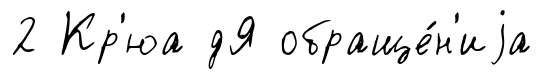
2 Кр'юа дЯ обраще́н'иjа